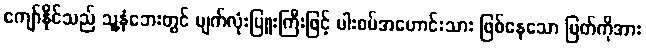
ကျော်နိုင်သည် သူ့နံဘေးတွင် မျက်လုံးပြူးကြီးဖြင့် ပါးစပ်အဟောင်းသား ဖြစ်နေသော မြတ်ကိုအား